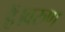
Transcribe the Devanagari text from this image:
हैं।वरुण